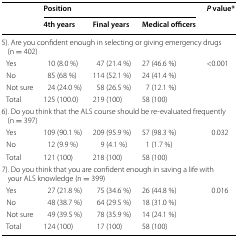
<table><thead><tr><td rowspan="2"></td><td colspan="3"><b>Position</b></td><td rowspan="2"><b><i>P</i> value*</b></td></tr><tr><td><b>4th years</b></td><td><b>Final years</b></td><td><b>Medical officers</b></td></tr></thead><tbody><tr><td colspan="5">5). Are you confident enough in selecting or giving emergency drugs (n = 402)</td></tr><tr><td> Yes</td><td>10 (8.0 %)</td><td>47 (21.4 %)</td><td>27 (46.6 %)</td><td rowspan="4">&lt;0.001</td></tr><tr><td> No</td><td>85 (68 %)</td><td>114 (52.1 %)</td><td>24 (41.4 %)</td></tr><tr><td> Not sure</td><td>24 (24.0 %)</td><td>58 (26.5 %)</td><td>7 (12.1 %)</td></tr><tr><td> Total</td><td>125 (100.0)</td><td>219 (100)</td><td>58 (100)</td></tr><tr><td colspan="5">6). Do you think that the ALS course should be re-evaluated frequently (n = 397)</td></tr><tr><td> Yes</td><td>109 (90.1 %)</td><td>209 (95.9 %)</td><td>57 (98.3 %)</td><td rowspan="3">0.032</td></tr><tr><td> No</td><td>12 (9.9 %)</td><td>9 (4.1 %)</td><td>1 (1.7 %)</td></tr><tr><td> Total</td><td>121 (100)</td><td>218 (100)</td><td>58 (100)</td></tr><tr><td colspan="5">7). Do you think that you are confident enough in saving a life with your ALS knowledge (n = 399)</td></tr><tr><td> Yes</td><td>27 (21.8 %)</td><td>75 (34.6 %)</td><td>26 (44.8 %)</td><td rowspan="4">0.016</td></tr><tr><td> No</td><td>48 (38.7 %)</td><td>64 (29.5 %)</td><td>18 (31.0 %)</td></tr><tr><td> Not sure</td><td>49 (39.5 %)</td><td>78 (35.9 %)</td><td>14 (24.1 %)</td></tr><tr><td> Total</td><td>124 (100)</td><td>17 (100)</td><td>58 (100)</td></tr></tbody></table>